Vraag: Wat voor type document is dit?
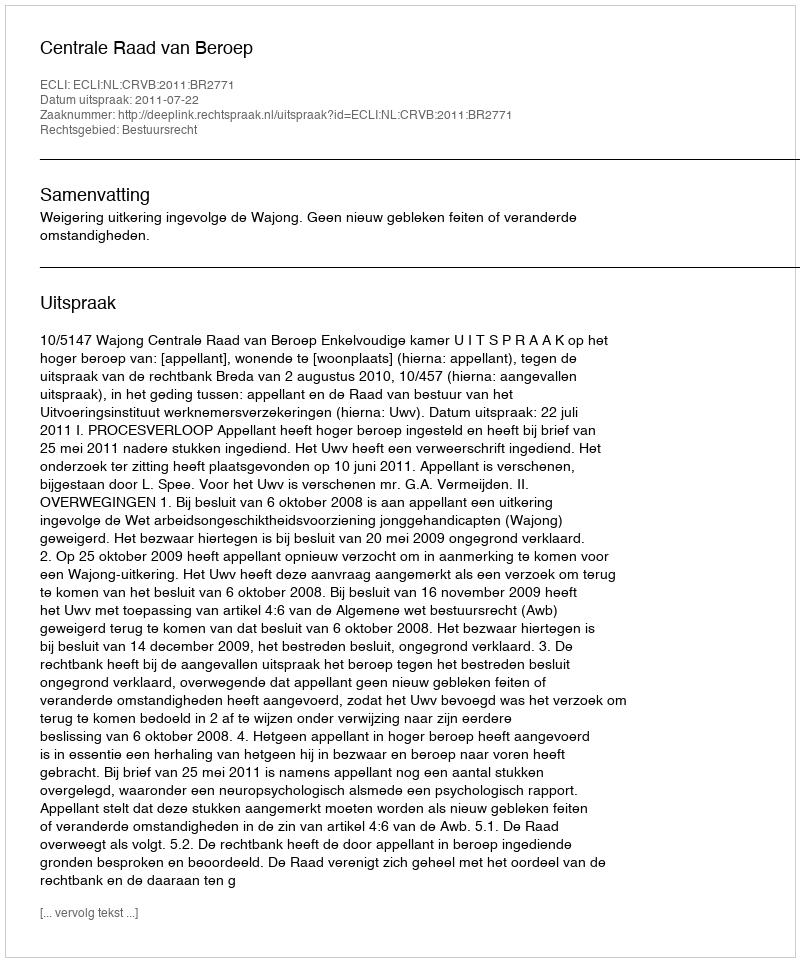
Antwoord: Uitspraak